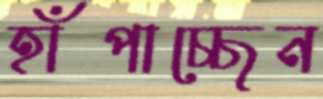
হাঁপাচ্ছেন